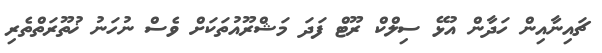
ޗައިނާއިން ހަދާން އުޅޭ ސިލްކް ރޫޓް ފަދަ މަޝްރޫއުތަކަށް ވެސް ނުހަނު ޚުތޫރަތްތެރި